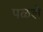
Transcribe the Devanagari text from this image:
पळशे